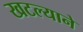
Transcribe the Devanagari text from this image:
खटल्याने